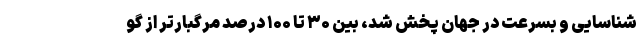
شناسایی و بسرعت در جهان پخش شد، بین ۳۰ تا ۱۰۰ درصد مرگبارتر از گو